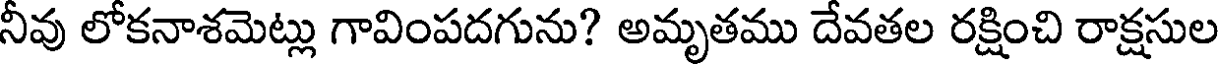
నీవు లోకనాశమెట్లు గావింపదగును? అమృతము దేవతల రక్షించి రాక్షసుల